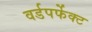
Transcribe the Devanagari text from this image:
वर्डपर्फेक्ट